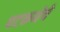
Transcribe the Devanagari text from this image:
पटकथेचे